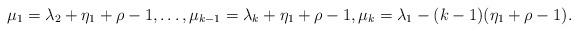
LaTeX: \begin{align*} \mu_1 = \lambda_2 + \eta_1 + \rho-1 , \ldots, \mu_{k-1} = \lambda_k + \eta_1 + \rho-1 , \mu_k = \lambda_1 - (k-1) ( \eta_1 + \rho-1) . \end{align*}